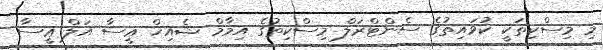
މި މިސްކިތަކީ ކުވައިތުގެ ސެންޓްރަލް މިސްކިތުގެ އިމާމް ޝެއިޚް ޢީސާ އަލް ޢީސާ